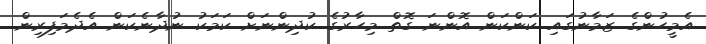
އެމީހުންގެ ޒަމާނުގައި ކަންކަން އޮންނަ ގޮތް މިހާރުގެ ކުދިންނަށް ކަމަކު ނުދާނެކަން އެދެމަފިރިން